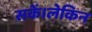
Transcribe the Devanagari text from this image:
सकें।लेकिन